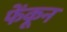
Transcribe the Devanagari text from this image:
फेंकून